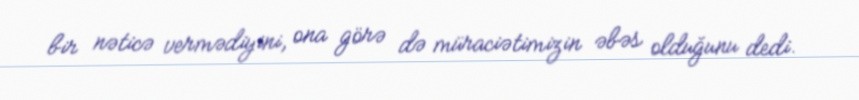
bir nəticə vermədiyini, ona görə də müraciətimizin əbəs olduğunu dedi.